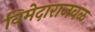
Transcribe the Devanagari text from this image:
विमेदाराजवळ